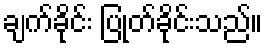
ချက်ခိုင်း ပြုတ်ခိုင်းသည်။